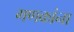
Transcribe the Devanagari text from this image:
गणकांना